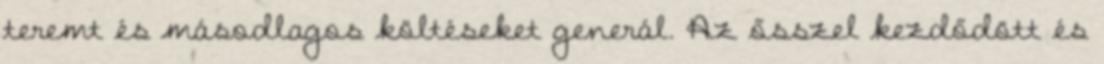
teremt és másodlagos költéseket generál. Az ősszel kezdődött és